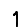
Digit: 1